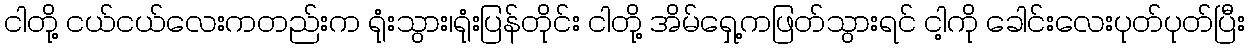
ငါတို့ ငယ်ငယ်လေးကတည်းက ရုံးသွား၊ရုံးပြန်တိုင်း ငါတို့ အိမ်ရှေ့ကဖြတ်သွားရင် ငါ့ကို ခေါင်းလေးပုတ်ပုတ်ပြီး